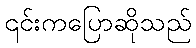
၎င်းကပြောဆိုသည်